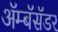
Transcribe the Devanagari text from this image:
ॲम्बॅसॅडर